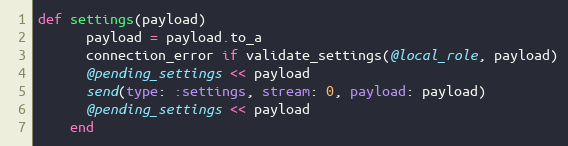
Language: Ruby
def settings(payload)
      payload = payload.to_a
      connection_error if validate_settings(@local_role, payload)
      @pending_settings << payload
      send(type: :settings, stream: 0, payload: payload)
      @pending_settings << payload
    end